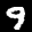
Label: 9